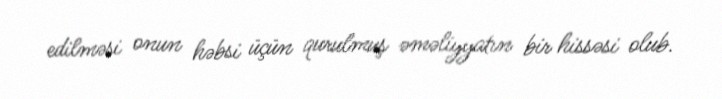
edilməsi onun həbsi üçün qurulmuş əməliyyatın bir hissəsi olub.